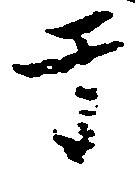
于